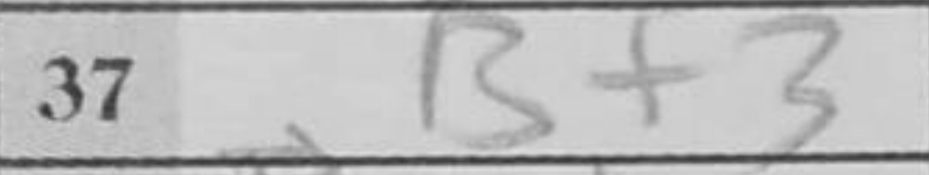
Transcription: Bf3